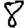
Digit: 8